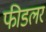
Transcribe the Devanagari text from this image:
फीडलर